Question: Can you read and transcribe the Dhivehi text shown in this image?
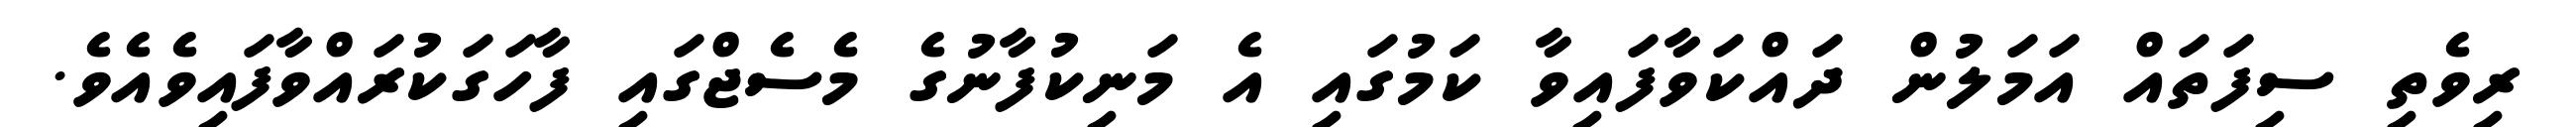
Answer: ރިވެތި ސިފަތައް އަމަލުން ދައްކަވާފައިވާ ކަމުގައި އެ މަނިކުފާނުގެ މެސެޖްގައި ފާހަގަކުރައްވާފައިވެއެވެ.